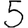
Digit: 5